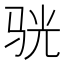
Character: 𫘡